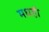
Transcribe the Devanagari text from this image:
मधही